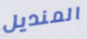
المنديل